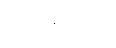
ဩဒနသုရာ